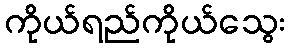
ကိုယ်ရည်ကိုယ်သွေး